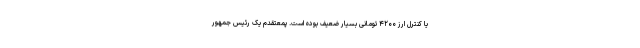
یا کنترل ارز ۴۲۰۰ تومانی بسیار ضعیف بوده است. پمعتقدم یک رئیس جمهور